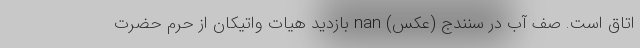
اتاق است. صف آب در سنندج (عکس) nan بازدید هیات واتیکان از حرم حضرت